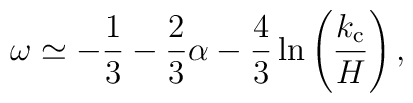
\omega\simeq-\frac{1}{3}-\frac{2}{3}\alpha-\frac{4}{3} \ln\left(\frac{k_{\rm c}}{H}\right),